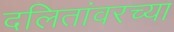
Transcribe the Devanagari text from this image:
दलितांवरच्या